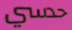
حدسي